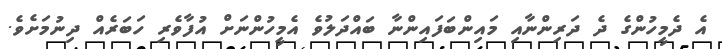
އެ ދެމީހުންގެ ދެ ދަރިންނާއި މައިންބަފައިންނާ ބައްދަލުވެ އެމީހުންނަށް އުފާވެރި ހަބަރެއް ދިނުމަށެވެ.